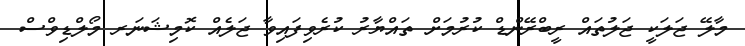
މާލޭ ޖަލަކީ ޖަލުތައް ރީބްރޭންޑް ކުރުމަށް ތައްޔާރު ކުރެވިފައިވާ ޖަލެއް ކޮމިޝަނަރ މޯލްޑިވްސް